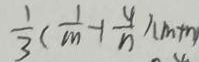
\frac { 1 } { 3 } ( \frac { 1 } { m } - 1 \frac { 4 } { n } ) ( m + n )